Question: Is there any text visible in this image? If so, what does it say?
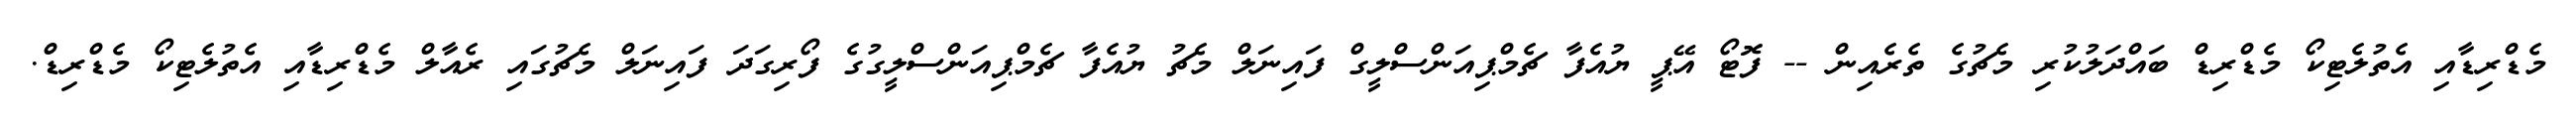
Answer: މެޑްރިޑާއި އެތުލެޓިކޯ މެޑްރިޑް ބައްދަލުކުރި މެޗުގެ ތެރެއިން -- ފޮޓޯ އޭޕީ ޔުއެފާ ޗެމްޕިއަންސްލީގް ފައިނަލް މެޗު ޔުއެފާ ޗެމްޕިއަންސްލީގުގެ ފޯރިގަދަ ފައިނަލް މެޗުގައި ރެއާލް މެޑްރިޑާއި އެތުލެޓިކޯ މެޑްރިޑް.